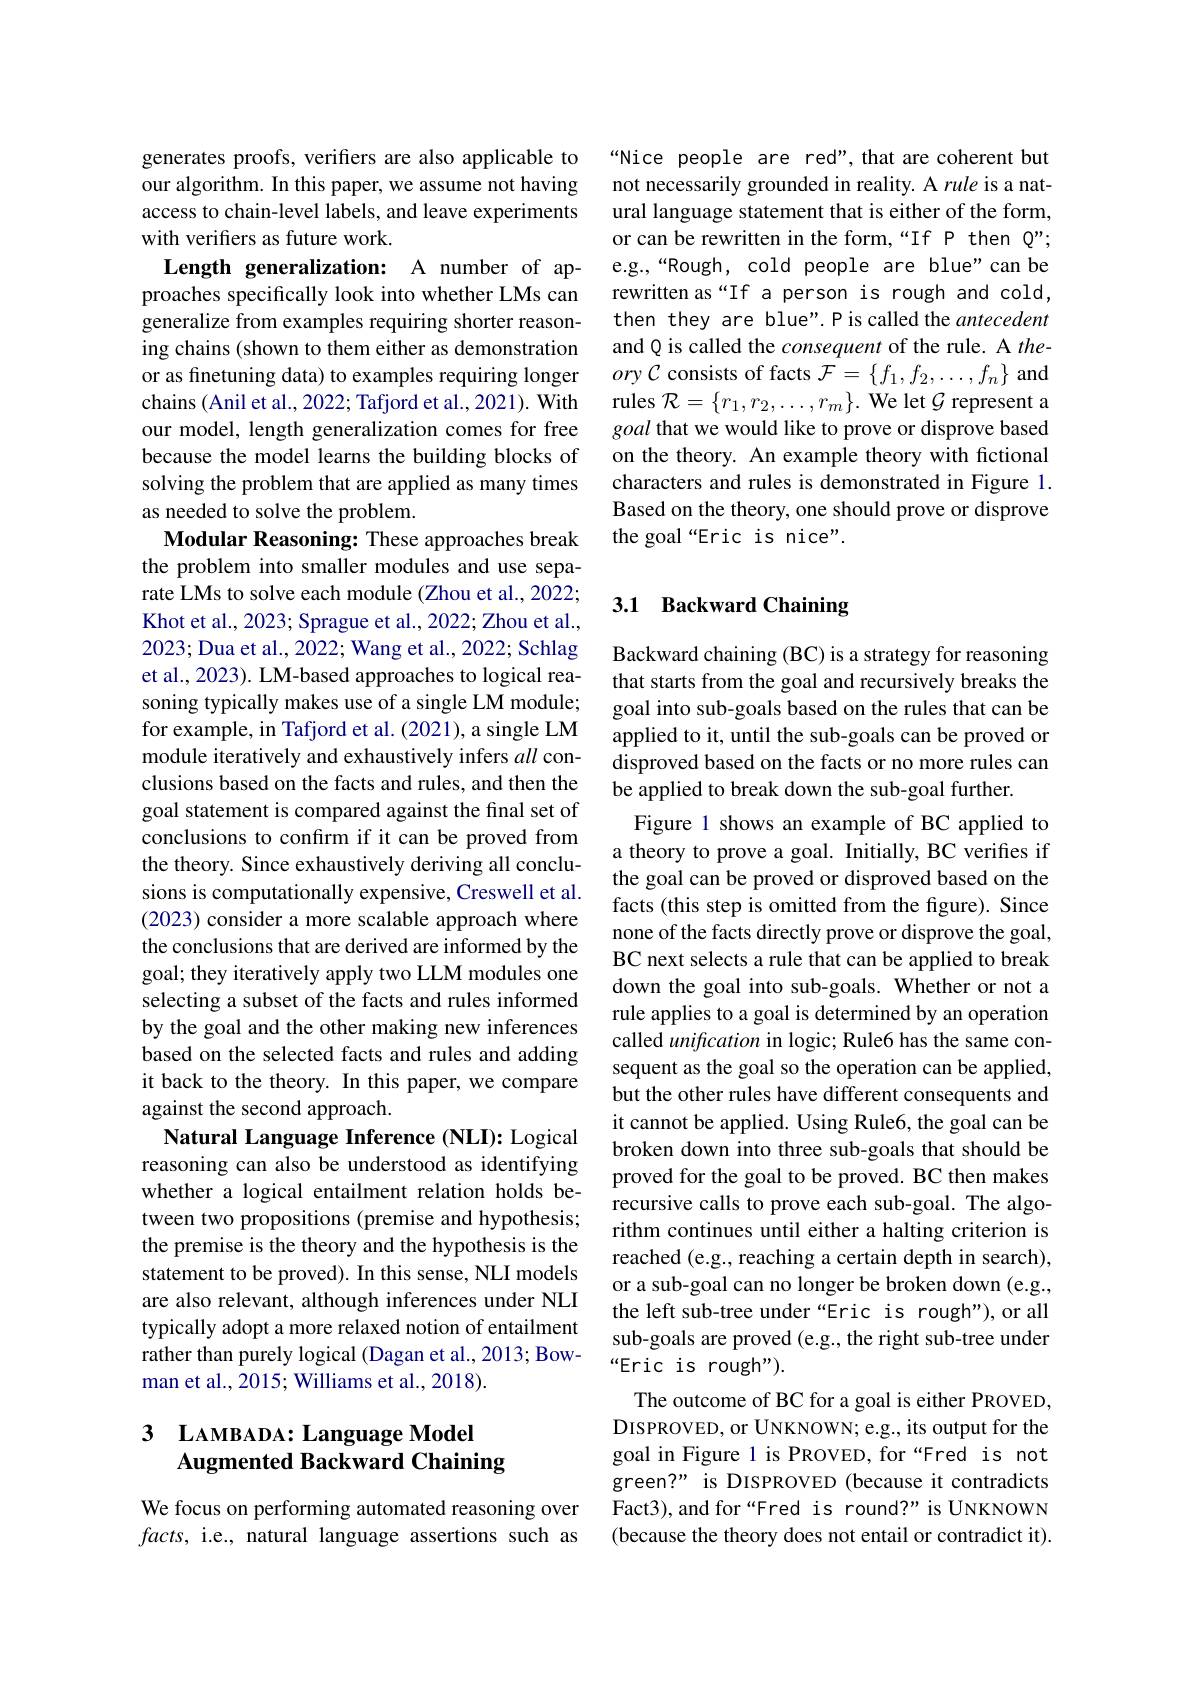
generates proofs, verifers are also applicable to our algorithm. In this paper, we assume not having access to chain-level labels, and leave experiments with verifiers as future work.
Length generalization: A number of approaches specifically look into whether LMs can generalize from examples requiring shorter reasoning chains (shown to them either as demonstration or as finetuning data) to examples requiring longer chains (Anil et al., 2022; Tafjord et al., 2021). With our model, length generalization comes for free because the model learns the building blocks of solving the problem that are applied as many times as needed to solve the problem.
Modular Reasoning: These approaches break the problem into smaller modules and use separate LMs to solve each module (Zhou et al., 2022; Khot et al., 2023; Sprague et al., 2022; Zhou et al., 2023; Dua et al., 2022; Wang et al., 2022; Schlag et al., 2023). LM-based approaches to logical reasoning typically makes use of a single LM module; for example, in Tafjord et al. (2021), a single LM module iteratively and exhaustively infers all conclusions based on the facts and rules, and then the goal statement is compared against the final set of conclusions to confirm if it can be proved from the theory. Since exhaustively deriving all conclusions is computationally expensive, Creswell et al. (2023) consider a more scalable approach where the conclusions that are derived are informed by the goal; they iteratively apply two LLM modules one selecting a subset of the facts and rules informed by the goal and the other making new inferences based on the selected facts and rules and adding it back to the theory. In this paper, we compare against the second approach.
Natural Language Inference (NLI): Logical reasoning can also be understood as identifying whether a logical entailment relation holds between two propositions (premise and hypothesis; the premise is the theory and the hypothesis is the statement to be proved). In this sense, NLI models are also relevant, although inferences under NLI typically adopt a more relaxed notion of entailment rather than purely logical (Dagan et al., 2013; Bowman et al., 2015; Williams et al., 2018).

### 3 LAMBADA: Language Model Augmented Backward Chaining

We focus on performing automated reasoning over $facts$, i.e., natural language assertions such as

“Nice people are red", that are coherent but not necessarily grounded in reality. A rule is a natural language statement that is either of the form, or can be rewritten in the form,“If P then Q”; e.g.,“Rough, cold people are blue"can be rewritten as“If a person is rough and cold, then they are blue". P is called the antecedent and Q is called the consequent of the rule. A the- $ory\mathcal{C}$ consists of facts $\mathcal{F}=\{f_1,f_2,\ldots,f_n\}$ and rules $\mathcal{R}=\{r_1,r_2,\ldots,r_m\}.$ We let $\mathcal{G}$ represent a goal that we would like to prove or disprove based on the theory. An example theory with fictional characters and rules is demonstrated in Figure 1. Based on the theory, one should prove or disprove the goal“Eric is nice".

### 3.1 Backward Chaining

Backward chaining (BC) is a strategy for reasoning that starts from the goal and recursively breaks the goal into sub-goals based on the rules that can be applied to it, until the sub-goals can be proved or disproved based on the facts or no more rules can be applied to break down the sub-goal further.
Figure 1 shows an example of BC applied to a theory to prove a goal. Initially, BC verifies if the goal can be proved or disproved based on the facts (this step is omitted from the figure). Since none of the facts directly prove or disprove the goal, BC next selects a rule that can be applied to break down the goal into sub-goals. Whether or not a rule applies to a goal is determined by an operation called unification in logic; Rule6 has the same consequent as the goal so the operation can be applied, but the other rules have different consequents and it cannot be applied. Using Rule6, the goal can be broken down into three sub-goals that should be proved for the goal to be proved. BC then makes recursive calls to prove each sub-goal. The algorithm continues until either a halting criterion is reached (e.g., reaching a certain depth in search), or a sub-goal can no longer be broken down (e.g., the left sub-tree under“Eric is rough"),or all sub-goals are proved (e.g., the right sub-tree under “Eric is rough").
The outcome of BC for a goal is either PROVED, DISPROVED, or UNKNOWN; e.g., its output for the goal in Figure 1 is PROVED, for“Fred is not green?" is DISPROVED (because it contradicts Fact3), and for“Fred is round?” is UNKNOWN (because the theory does not entail or contradict it).